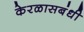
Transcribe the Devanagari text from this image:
केरळासबंधी